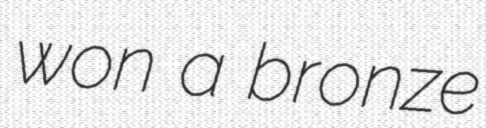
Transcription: won a bronze